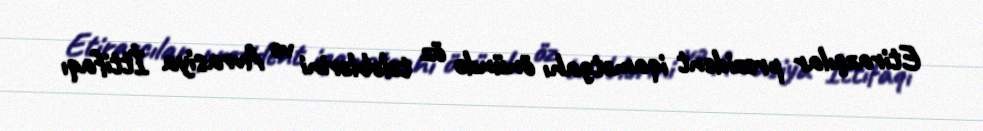
Etirazçılar prezident iqamətgahı önündə öz tələblərini və Avrasiya İttifaqı